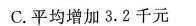
C.平均增加3.2千元